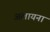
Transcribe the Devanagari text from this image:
अलायना